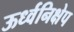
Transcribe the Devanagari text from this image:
ऊर्ध्वनिक्षेप